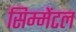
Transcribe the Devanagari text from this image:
सिम्मेंटल